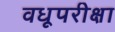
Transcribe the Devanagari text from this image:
वधूपरीक्षा